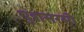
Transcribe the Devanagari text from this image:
पुत्रासरसी